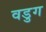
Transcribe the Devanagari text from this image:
वडुग